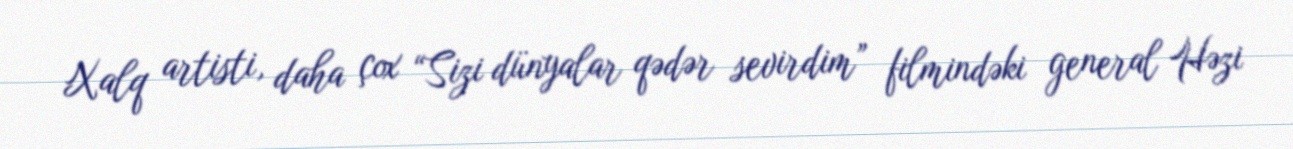
Xalq artisti, daha çox “Sizi dünyalar qədər sevirdim” filmindəki general Həzi